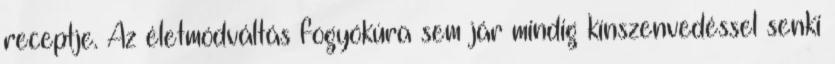
receptje. Az életmódváltás fogyókúra sem jár mindig kínszenvedéssel senki